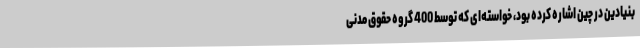
بنیادین در چین اشاره کرده بود، خواسته‌ای که توسط 400 گروه حقوق مدنی